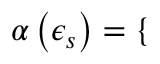
\alpha \left( \epsilon _ { s } \right) = \left\{ \begin{array} { r l r l } \end{array} \right.